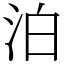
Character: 泊